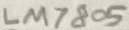
Text: LM7805